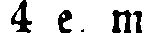
4 e. m.